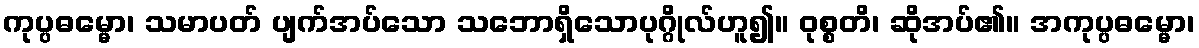
ကုပ္ပဓမ္မော၊ သမာပတ် ပျက်အပ်သော သဘောရှိသောပုဂ္ဂိုလ်ဟူ၍။ ဝုစ္စတိ၊ ဆိုအပ်၏။ အကုပ္ပဓမ္မော၊